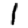
Digit: 1